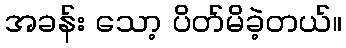
အခန်း သော့ ပိတ်မိခဲ့တယ်။